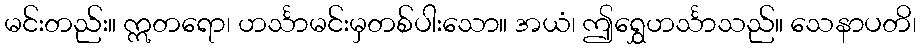
မင်းတည်း။ ဣတရော၊ ဟင်္သာမင်းမှတစ်ပါးသော။ အယံ၊ ဤရွှေဟင်္သာသည်။ သေနာပတိ၊